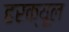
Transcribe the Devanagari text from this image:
हरक्यूल